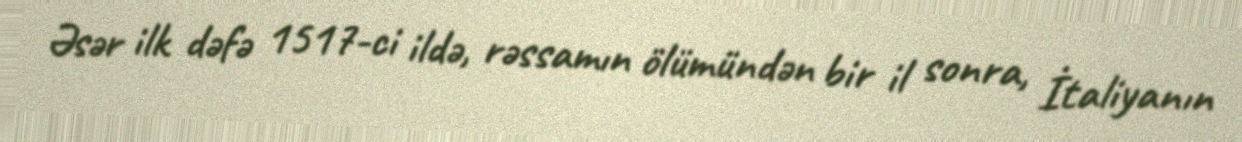
Əsər ilk dəfə 1517-ci ildə, rəssamın ölümündən bir il sonra, İtaliyanın